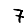
Digit: 7